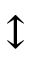
\updownarrow